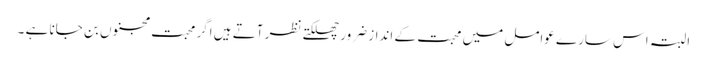
البتہ اس سارے عوامل میں محبت کے انداز ضرور چھلکتے نظر آتے ہیں اگر محبت مجنوں بن جانا ہے ۔